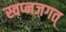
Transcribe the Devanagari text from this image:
स्वप्नजगत्‌